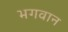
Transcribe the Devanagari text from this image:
भगवान